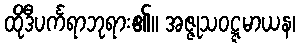
ထိုဒီပင်္ကရာဘုရား၏။ အဇ္ဇုသဝဋ္ဋမာယန၊